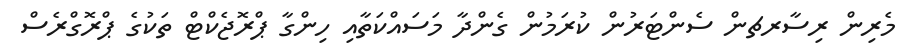
މެރިން ރިސާރޗން ސެންޓަރުން ކުރަމުން ގެންދާ މަސައްކަތާއި ހިންގާ ޕްރޮޖެކްޓް ތަކުގެ ޕްރޮގްރެސް